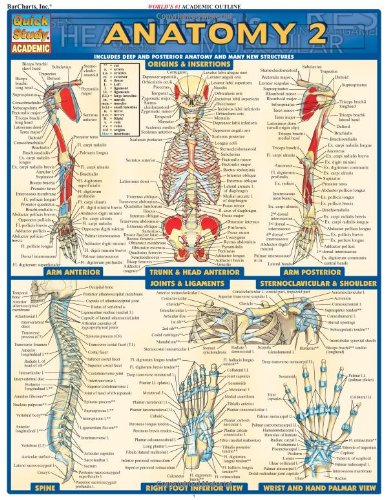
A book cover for Anatomy 2 (Quickstudy: Academic); Inc. BarCharts; Health, Fitness & Dieting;